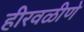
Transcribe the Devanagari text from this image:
हीरवळीणे